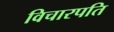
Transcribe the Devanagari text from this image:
विचारपति